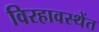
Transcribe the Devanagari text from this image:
विरहावस्थेंत